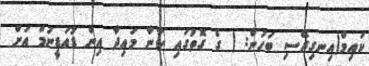
ކައިމް(އިނގިރޭސި ބަހުން: ) ގެ ގޮތުގައި ކާނާ މައިދާ އިން ޑުއަޑީނަމް އަށް